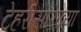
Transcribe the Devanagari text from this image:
टेहरीसारख्या